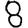
Digit: 8